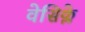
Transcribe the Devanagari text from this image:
वेसिक्ले